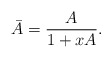
\begin{align*}\bar{A} = \frac{A}{1+xA}.\end{align*}